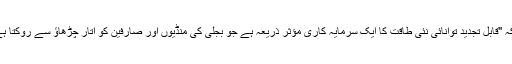
IRENA کا کہنا ہے کہ "قابل تجدید توانائی نئی طاقت کا ایک سرمایہ کاری مؤثر ذریعہ ہے جو بجلی کی منڈیوں اور صارفین کو اتار چڑھاؤ سے روکتا ہے۔